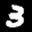
Label: 3